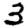
Digit: 3